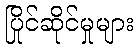
ပြိုင်ဆိုင်မှုများ